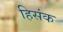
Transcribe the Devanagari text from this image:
हिसंक